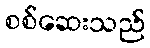
စစ်ဆေးသည်